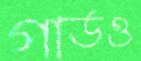
গার্ডও